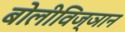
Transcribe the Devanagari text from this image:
बोलीविज्ञान